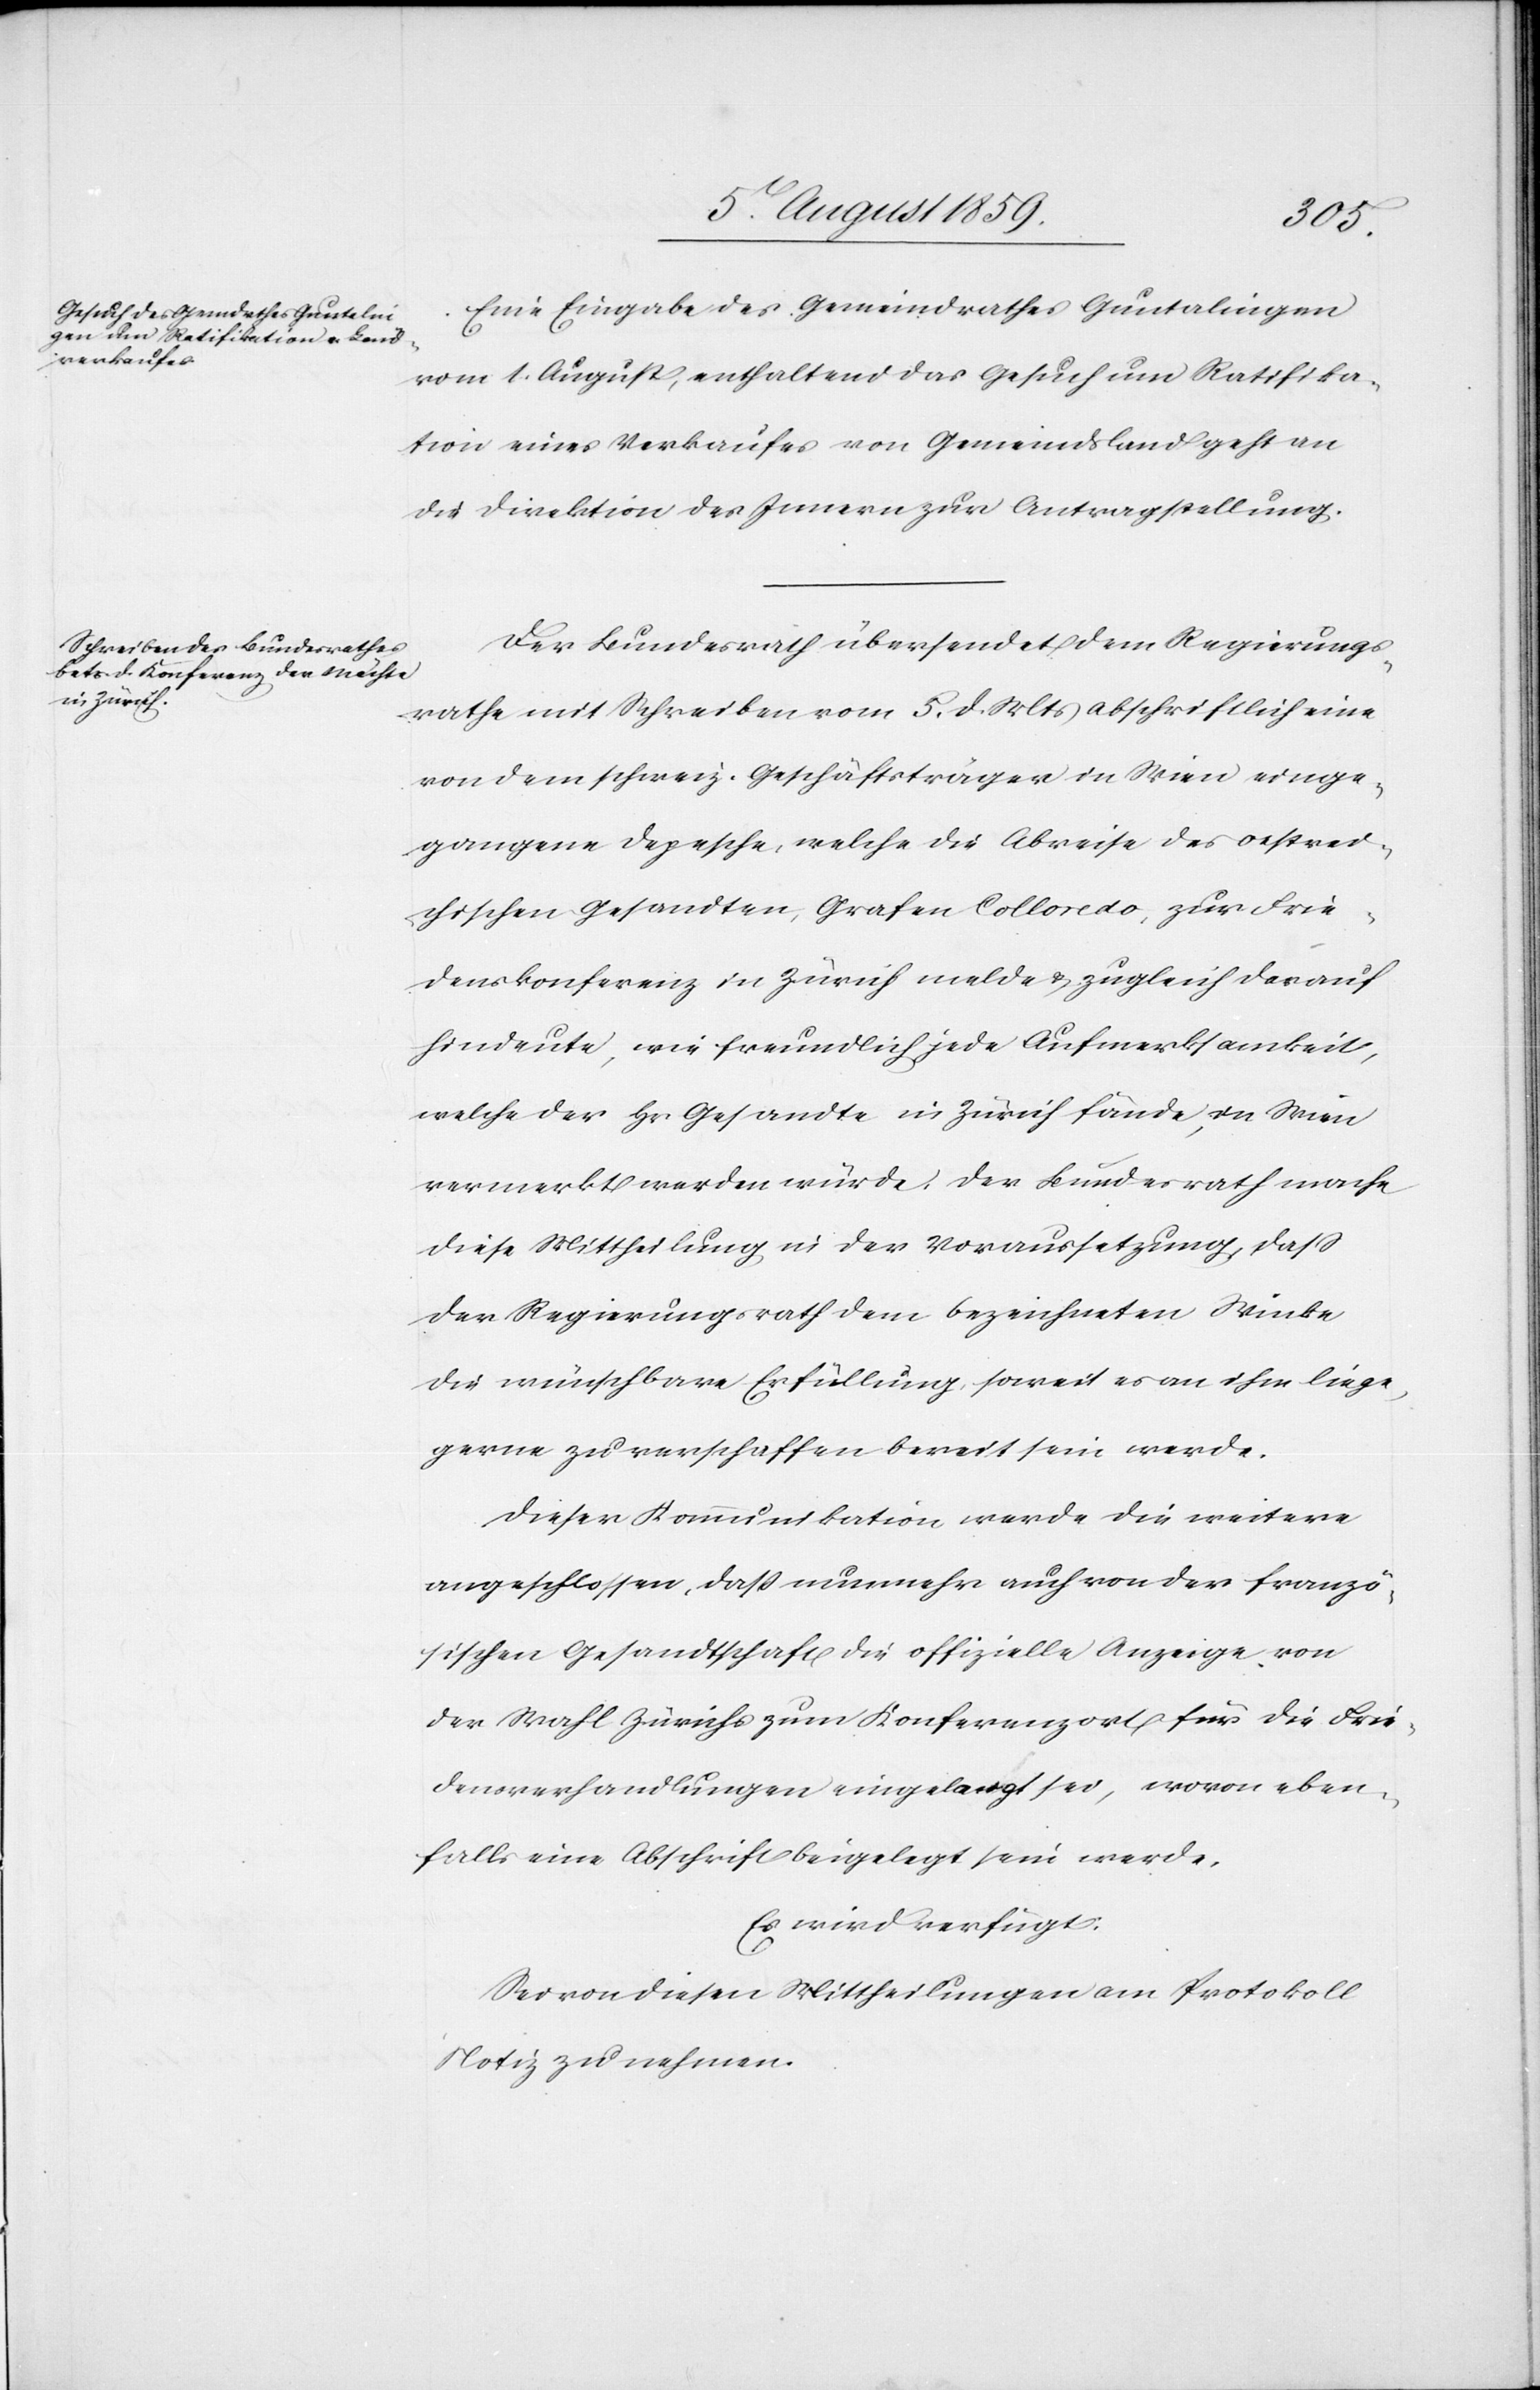
6. August 1859.]
Eine Eingabe des Gemeindrathes Guntalingen
vom 1. August, enthaltend das Gesuch um Ratifika¬
tion eines Verkaufes von Gemeindsland geht an
die Direktion des Innern zur Antragstellung.
Der Bundesrath übersendet dem Regierungs¬
rathe mit Schreiben vom 5. d. Mts. abschriftlich eine
von dem schweiz. Geschäftsträger in Wien einge¬
gangene Depesche, welche die Abreise des Oestrei¬
chischen Gesandten, Grafen Colloredo, zur Frie¬
denskonferenz in Zürich melde u. zugleich darauf
hindeute, wie freundlich jede Aufmerksamkeit,
welche der Hr. Gesandte in Zürich fände, in Wien
vermerkt werden würde. Der Bundesrath mache
diese Mittheilung in der Voraussetzung, daß
der Regierungsrath den bezeichneten Winke
die wünschbare Erfüllung soweit es an ihm liege,
gerne zu verschaffen bereit sein werde.
Dieser Kommunikation werde die weitere
angeschlossen, daß nunmehr auch von der franzö¬
sischen Gesandtschaft die offizielle Anzeige von
der Wahl Zürichs zum Konferenzort für die Frie¬
densverhandlungen eingelangt sei, wovon eben¬
falls eine Abschrift beigelegt sein werde.
Es wird verfügt:
Sei von diesen Mittheilungen am Protokoll
Notiz zu nehmen.